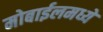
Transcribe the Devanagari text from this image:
मोबाईलमध्ये